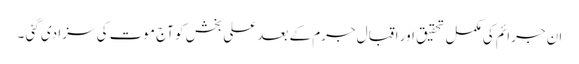
ان جرائم کی مکمل تحقیق اور اقبال جرم کے بعد علی بخش کو آج موت کی سزا دی گئی ۔